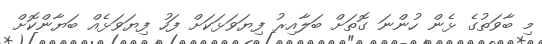
މި ބާވަތުގެ ޅެން ހުންނަ ގޮތަށް ބަލާއިރު ފިޔަވަޅަކަށް ފަހު ފިޔަވަޅެއް ބަޔާންކޮށް